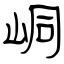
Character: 峒